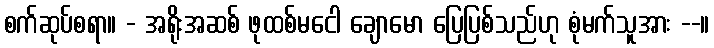
စက်ဆုပ်စရာ။ - အရိုးအဆစ် ဖုထစ်မငေါ ချောမော ပြေပြစ်သည်ဟု စုံမက်သူအား --။